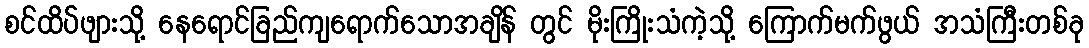
စင်ထိပ်ဖျားသို့ နေရောင်ခြည်ကျရောက်သောအချိန် တွင် မိုးကြိုးသံကဲ့သို့ ကြောက်မက်ဖွယ် အသံကြီးတစ်ခု